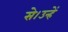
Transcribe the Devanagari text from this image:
से।उन्हें